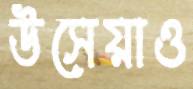
উসেয়াও